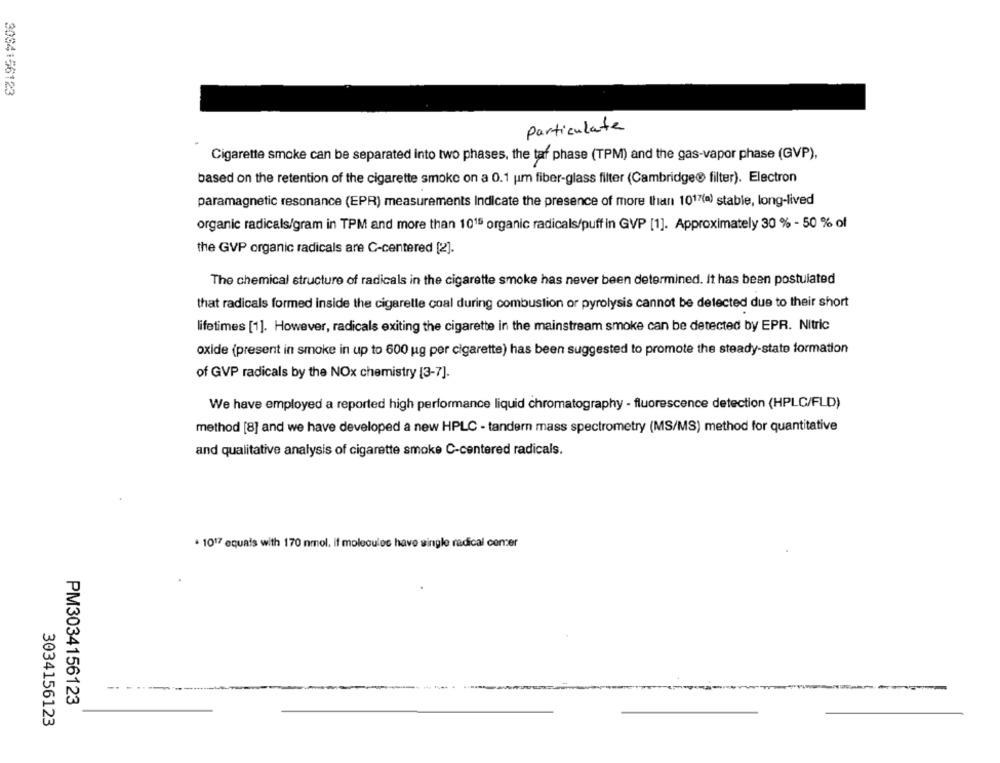
3084156123
particulate
Cigarette smoke can be separated into two phases, the taf phase (TPM) and the gas-vapor phase (GVP),
based on the retention of the cigarette smoke on a 0.1 um fiber-glass filter (Cambridge@ filter). Electron
paramagnetic resonance (EPR) measurements Indicate the presence of more than 1017(a) stable, long-lived
organic radicals/gram in TPM and more than 1015 organic radicals/puff in GVP [1]. Approximately 30 % - 50 % of
the GVP organic radicals are C-centered [2].
The chemical structure of radicals in the cigarette smoke has never been determined. It has been postulated
that radicals formed inside the cigarette coal during combustion or pyrolysis cannot be detected due to their short
lifetimes [1]. However, radicals exiting the cigarette in the mainstream smoke can be detected by EPR. Nitric
oxide (present in smoke in up to 600 ug per cigarette) has been suggested to promote the steady-state formation
of GVP radicals by the NOx chemistry [3-7].
We have employed a reported high performance liquid chromatography - fluorescence detection (HPLC/FLD)
method [8] and we have developed a new HPLC - tandern mass spectrometry (MS/MS) method for quantitative
and qualitative analysis of cigarette smoke C-centered radicals.
· 1017 equals with 170 nmol, if molecules have single radical comer
PM3034156123
3034156123